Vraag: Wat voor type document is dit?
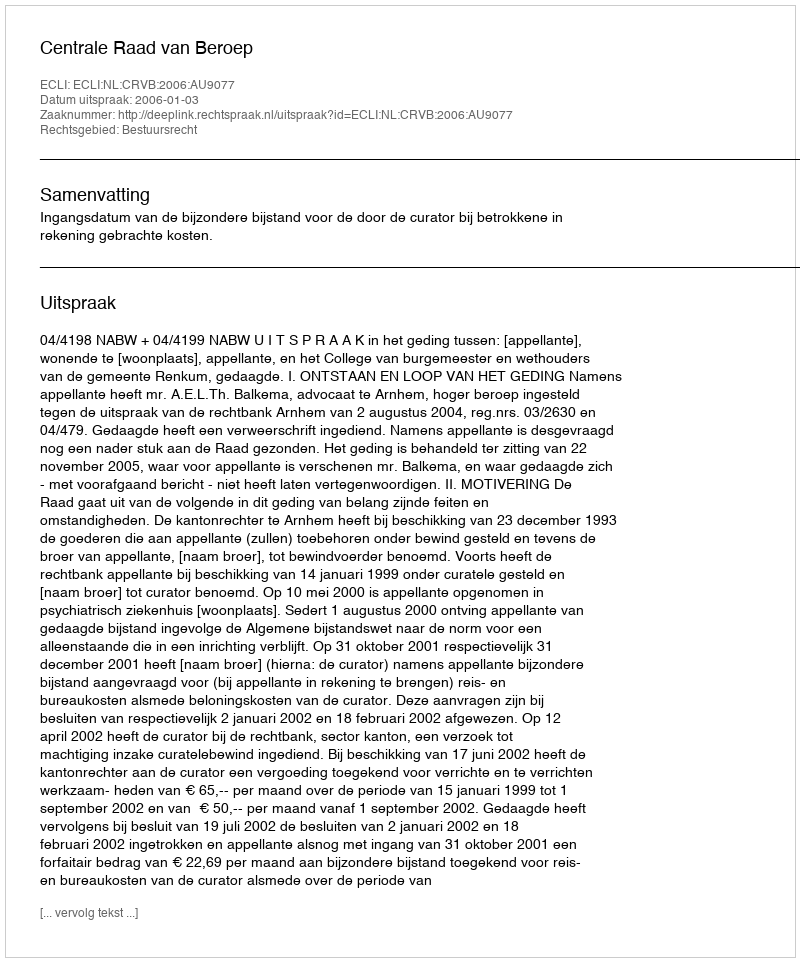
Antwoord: Uitspraak